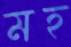
মহ